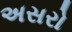
અસરો